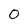
Character: 0